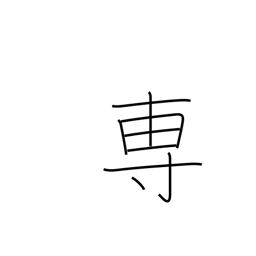
Meaning: mainly